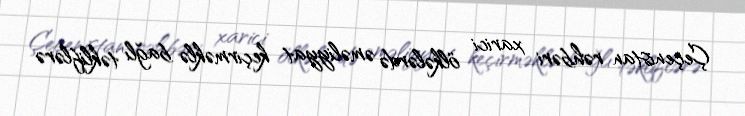
Çeçenistan rəhbəri xarici ölkələrdə əməliyyat keçirməklə bağlı təkliflərə